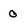
Character: 0